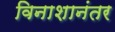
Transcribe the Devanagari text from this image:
विनाशानंतर